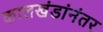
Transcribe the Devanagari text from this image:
कालखंडांनंतर